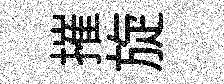
摧旋